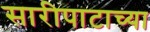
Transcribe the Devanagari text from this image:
सारीपाटाच्या